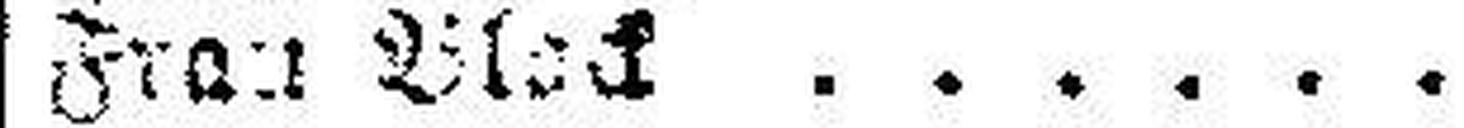
Frau Black